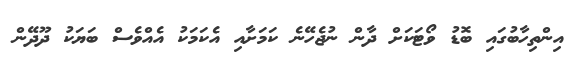
އިންތިހާބުގައި ބޮޑު ވޯޓަކަށް ދާން ނުޖެހޭނެ ކަމަށާއި އެކަމަކު އެއްވެސް ބަޔަކު ދޫދޭން